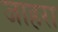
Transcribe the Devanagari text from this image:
जाहरा